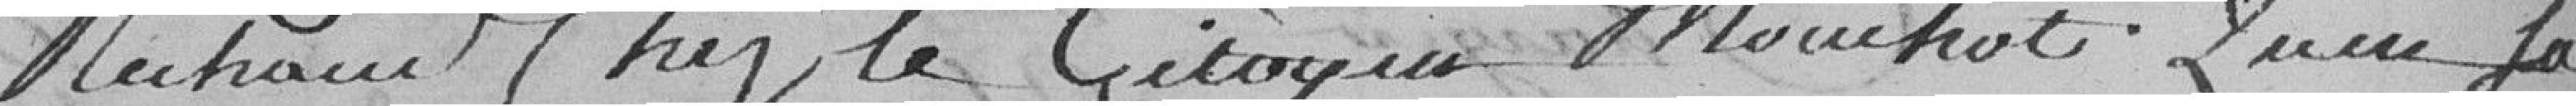
réchaud chez le citoyen Mouchot. Qu'en la